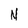
Character: N